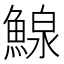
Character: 鰁